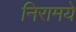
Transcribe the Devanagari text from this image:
निरामये